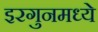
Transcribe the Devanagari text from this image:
इरगुनमध्ये